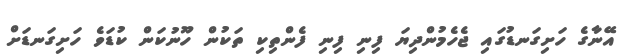
އޭނާގެ ހަށިގަނޑުގައި ޖެހެމުންދިޔަ ފިނި ފިނި ފެންތިކި ތަކުން ހޫނުކަން ކުޑަވެ ހަށިގަނޑަށް